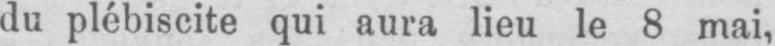
du plébiscite qui aura lieu le 8 mai,